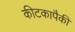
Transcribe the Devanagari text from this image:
कीटकापैकी